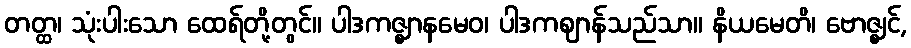
တတ္ထ၊ သုံးပါးသော ထေရ်တို့တွင်။ ပါဒကဇ္ဈာနမေဝ၊ ပါဒကဈာန်သည်သာ။ နိယမေတိ၊ ဗောဇ္ဈင်,